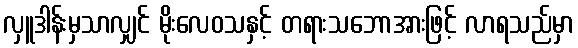
လှူဒါန်းမှသာလျှင် မိုးလေဝသနှင့် တရားသဘောအားဖြင့် လာရသည်မှာ